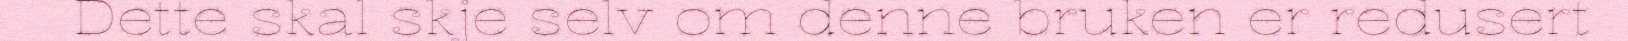
Dette skal skje selv om denne bruken er redusert